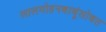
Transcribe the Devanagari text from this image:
लालमोहनबाबूंसोबत